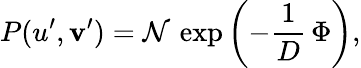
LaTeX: P(u^{\prime},\mathbf{v}^{\prime})=\mathcal{{N}}\, \exp{\left(-\frac{{1}}{{D}}\, \Phi\right)},